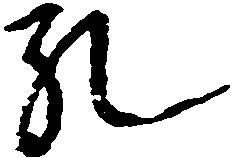
孔